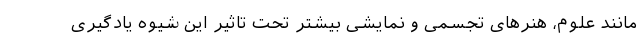
مانند علوم، هنر‌های تجسمی و نمایشی بیشتر تحت تاثیر این شیوه یادگیری